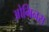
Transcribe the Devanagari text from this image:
ओमिनस